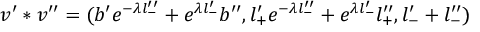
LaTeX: v ^ { \prime } * v ^ { \prime \prime } = ( b ^ { \prime } e ^ { - \lambda l _ { - } ^ { \prime \prime } } + e ^ { \lambda l _ { - } ^ { \prime } } b ^ { \prime \prime } , l _ { + } ^ { \prime } e ^ { - \lambda l _ { - } ^ { \prime \prime } } + e ^ { \lambda l _ { - } ^ { \prime } } l _ { + } ^ { \prime \prime } , l _ { - } ^ { \prime } + l _ { - } ^ { \prime \prime } )